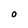
Character: O